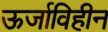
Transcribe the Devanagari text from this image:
ऊर्जाविहीन